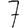
Digit: 7